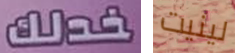
خدلك لينيت